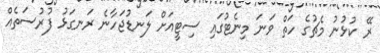
ރޭ ކުޅުނު މެޗުގެ ހަތް ވަނަ މިނެޓުގައި ސިޓީއަށް ލަނޑުޖަހާނެ ރަނގަޅު ފުރުސަތެއް